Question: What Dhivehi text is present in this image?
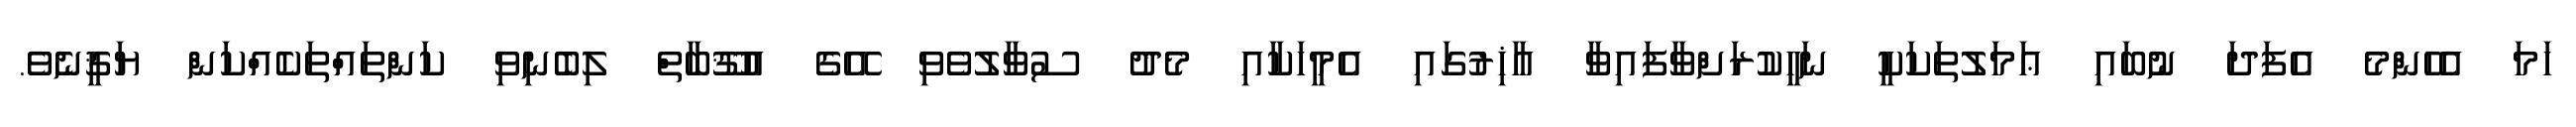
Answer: ހަމަ އެހެންމެ އެފަދަ ނުބައި ޢަމަލުތަކަކީ ނަހީކުރަށްވާފައިވާ އާޚިރުގައި އެމީހަކާއި މެދު ސުވާލުވެވި އޭގެ އުޤޫބާތް ލިބެނިވި ކަންތައްތަކެއްކަން ޔަޤީނެވެ.